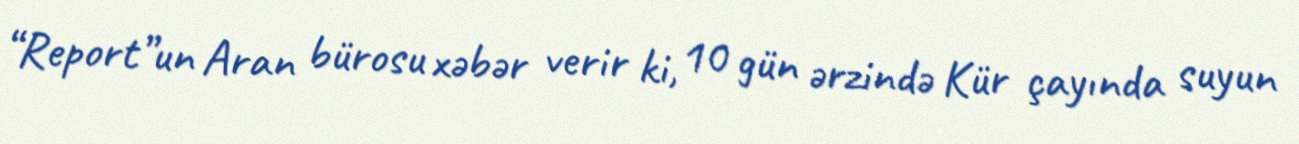
“Report”un Aran bürosu xəbər verir ki, 10 gün ərzində Kür çayında suyun